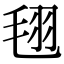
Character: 𣭜